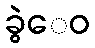
ခွဲေဝ